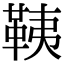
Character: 䩟